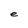
Character: e